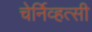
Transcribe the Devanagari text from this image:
चेर्निव्हत्सी